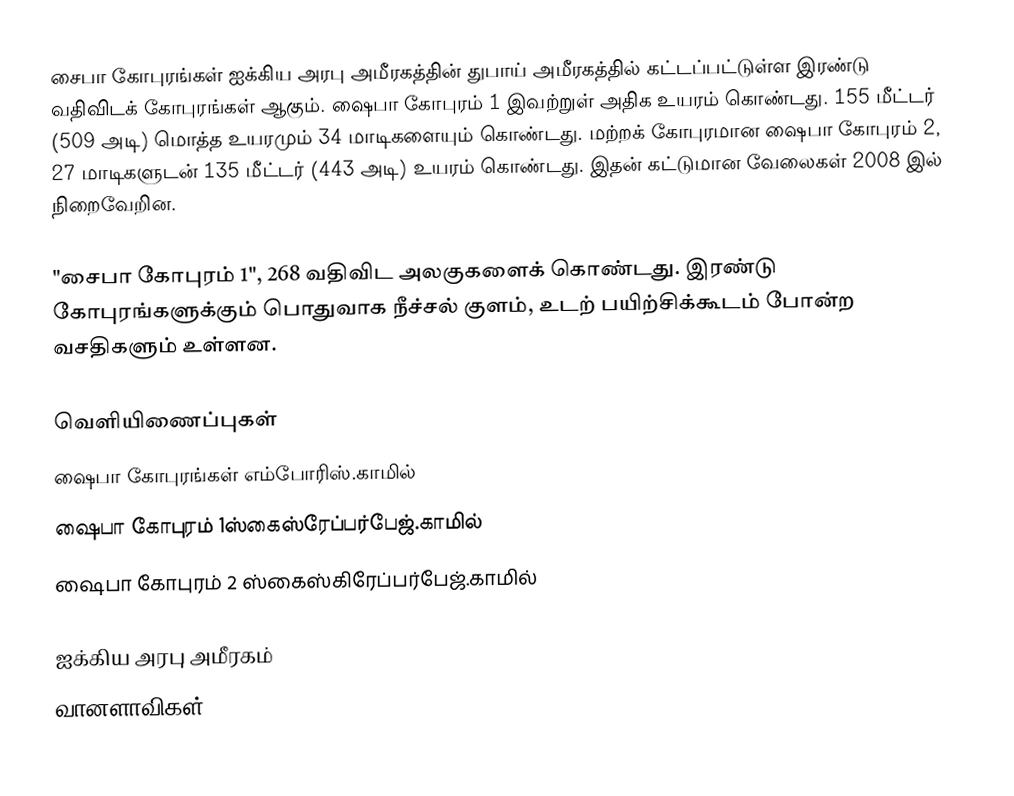
சைபா கோபுரங்கள் ஐக்கிய அரபு அமீரகத்தின் துபாய் அமீரகத்தில் கட்டப்பட்டுள்ள இரண்டு வதிவிடக் கோபுரங்கள் ஆகும். ஷைபா கோபுரம் 1 இவற்றுள் அதிக உயரம் கொண்டது. 155 மீட்டர் (509 அடி) மொத்த உயரமும் 34 மாடிகளையும் கொண்டது.  மற்றக் கோபுரமான ஷைபா கோபுரம் 2, 27 மாடிகளுடன் 135 மீட்டர் (443 அடி) உயரம் கொண்டது. இதன் கட்டுமான வேலைகள் 2008 இல் நிறைவேறின.

"சைபா கோபுரம் 1", 268 வதிவிட அலகுகளைக் கொண்டது. இரண்டு கோபுரங்களுக்கும் பொதுவாக நீச்சல் குளம், உடற் பயிற்சிக்கூடம் போன்ற வசதிகளும் உள்ளன.

வெளியிணைப்புகள்
 ஷைபா கோபுரங்கள்  எம்போரிஸ்.காமில்
 ஷைபா கோபுரம் 1ஸ்கைஸ்ரேப்பர்பேஜ்.காமில்
 ஷைபா கோபுரம் 2 ஸ்கைஸ்கிரேப்பர்பேஜ்.காமில்

ஐக்கிய அரபு அமீரகம்
வானளாவிகள்